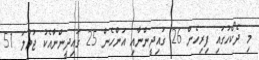
މި ދެކޯހުގައި ފިރިހެން 26 ގައިދީންނާއި އަންހެން 25 ގައިދީންނާއެކު ޖުމްލަ 51